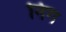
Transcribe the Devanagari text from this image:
निग